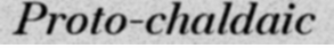
Proto-chaldaic